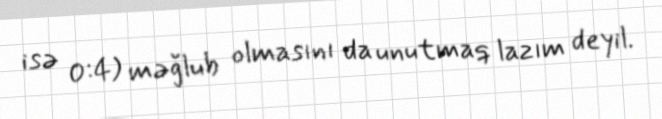
isə 0:4) məğlub olmasını da unutmaq lazım deyil.